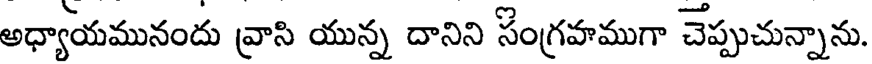
అధ్యాయమునందు వ్రాసి యున్న దానిని సంగ్రహముగా చెప్పుచున్నాను.